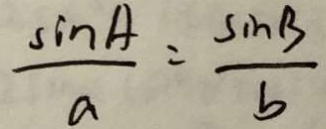
\frac { \sin A } { a } = \frac { \sin B } { b }